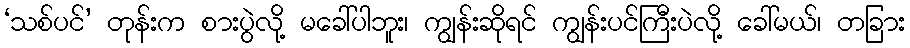
‘သစ်ပင်’ တုန်းက စားပွဲလို့ မခေါ်ပါဘူး၊ ကျွန်းဆိုရင် ကျွန်းပင်ကြီးပဲလို့ ခေါ်မယ်၊ တခြား